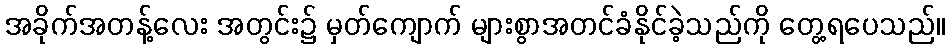
အခိုက်အတန့်လေး အတွင်း၌ မှတ်ကျောက် များစွာအတင်ခံနိုင်ခဲ့သည်ကို တွေ့ရပေသည်။